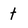
Character: t